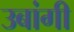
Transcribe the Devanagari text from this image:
उबांगी